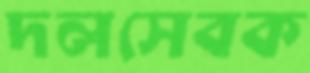
দলসেবক